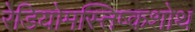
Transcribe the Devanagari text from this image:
रेडियोमस्तिष्कशोथ